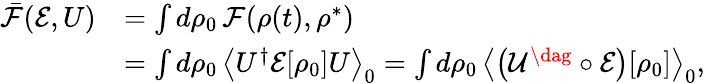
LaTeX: \begin{array}{rl}{\bar{\mathcal F}(\mathcal{E},U)}&{=\int d\rho_{0}\, \mathcal{F}({\rho(t)},\rho^{*})}\\ &{=\int d\rho_{0}\, \left\langle U^{\dagger}\mathcal{E}[\rho_{0}]U\right\rangle_{0}=\int d\rho_{0}\, \left\langle\left(\mathcal{U^{\dag}\circ E}\right)[\rho_{0}]\right\rangle_{0},}\end{array}